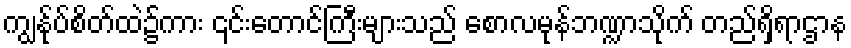
ကျွန်ုပ်စိတ်ထဲ၌ကား ၎င်းတောင်ကြီးများသည် စောလမုန်ဘဏ္ဍာသိုက် တည်ရှိရာဌာန